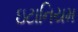
ઇટાનિયમ